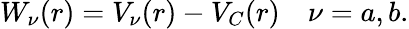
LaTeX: W_{\nu}(r)=V_{\nu}(r)-V_{C}(r)\quad\nu=a,b.